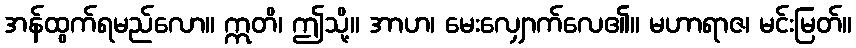
အန်ထွက်ရမည်လော။ ဣတိ၊ ဤသို့။ အာဟ၊ မေးလျှောက်လေ၏။ မဟာရာဇ၊ မင်းမြတ်။